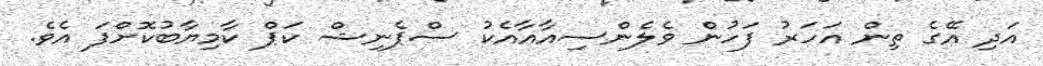
އަދި އޭގެ ތިން އަހަރު ފަހުން ވެލެންސިއާއާއެކު ސްޕެނިޝް ކަޕް ކާމިޔާބުކޮށްފަ އެވެ.